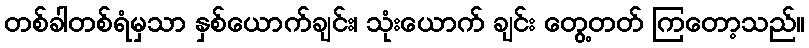
တစ်ခါတစ်ရံမှသာ နှစ်ယောက်ချင်း၊ သုံးယောက် ချင်း တွေ့တတ် ကြတော့သည်။